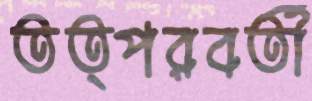
তত্পরবর্তী